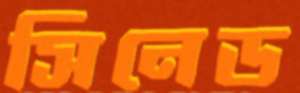
সিনেড